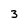
Character: 3